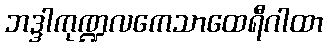
ဘဒ္ဒါကုဏ္ဍလကေသာထေရီဂါထာ